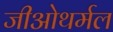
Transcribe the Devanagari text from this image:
जीओथर्मल